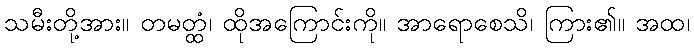
သမီးတို့အား။ တမတ္ထံ၊ ထိုအကြောင်းကို။ အာရောစေသိ၊ ကြား၏။ အထ၊